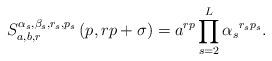
LaTeX: \begin{align*}S_{a,b,r}^{\alpha _{s},\beta _{s},r_{s},p_{s}}\left( p,rp+\sigma \right)=a^{rp}\prod_{s=2}^{L}\alpha _{s}{}^{r_{s}p_{s}}. \end{align*}